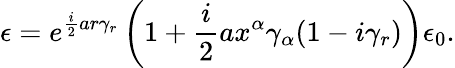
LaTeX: \epsilon=e^{\frac{i}{2}ar\gamma_{r}}\left(1+\frac{i}{2}ax^{\alpha}\gamma_{\alpha}(1-i\gamma_{r})\right)\epsilon_{0}.